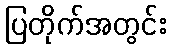
ပြတိုက်အတွင်း